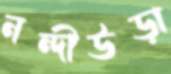
নন্দীউড়া